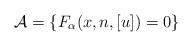
LaTeX: \begin{align*}\mathcal{A}=\{F_{\alpha}(x,n,[u])=0\}\end{align*}